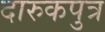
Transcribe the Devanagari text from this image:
दारुकपुत्र